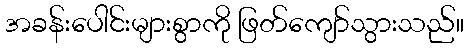
အခန်းပေါင်းများစွာကို ဖြတ်ကျော်သွားသည်။